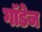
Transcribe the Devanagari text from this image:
गॉडेज